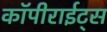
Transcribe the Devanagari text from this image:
कॉपीराईट्स